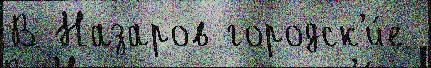
В Назаров городск'и́е